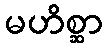
မဟိစ္ဆာ